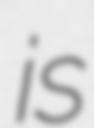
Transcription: is